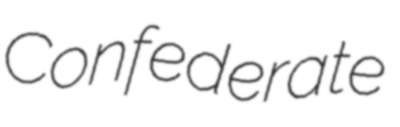
Confederate